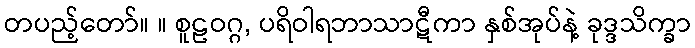
တပည့်တော်။ ။ စူဠဝဂ္ဂ, ပရိဝါရဘာသာဋီကာ နှစ်အုပ်နဲ့ ခုဒ္ဒသိက္ခာ